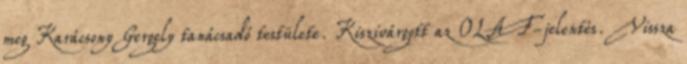
meg Karácsony Gergely tanácsadó testülete. Kiszivárgott az OLAF-jelentés. Vissza